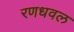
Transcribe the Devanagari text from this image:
रणधवल